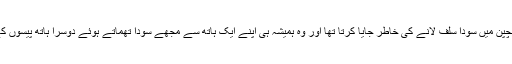
وہ دکاندار جس کے پاس میں بچپن میں سودا سلف لانے کی خاطر جایا کرتا تھا اور وہ ہمیشہ ہی اپنے ایک ہاتھ سے مجھے سودا تھماتے ہوئے دوسرا ہاتھ پیسوں کے لئے آگے پھیلا دیا کرتا تھا۔